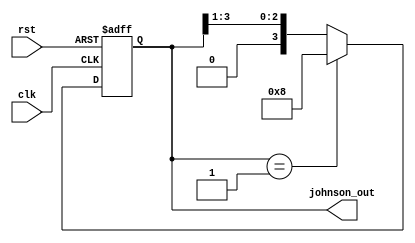
module johnson_counter (
    input wire clk,
    input wire rst,
    output reg [3:0] johnson_out
);

reg [3:0] count;

always @(posedge clk or posedge rst) begin
    if (rst) begin
        count <= 4'b0001;
    end else begin
        count <= (count == 4'b0001) ? 4'b1000 : (count >> 1);
    end
end

assign johnson_out = count;

endmodule